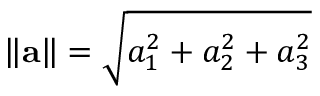
\left\| \mathbf { a } \right\| = { \sqrt { a _ { 1 } ^ { 2 } + a _ { 2 } ^ { 2 } + a _ { 3 } ^ { 2 } } }